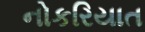
નોકરિયાત